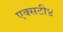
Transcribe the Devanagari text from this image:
एक्सटी४